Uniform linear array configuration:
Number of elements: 24
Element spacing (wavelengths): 0.5
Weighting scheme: kaiser
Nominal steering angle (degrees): -15
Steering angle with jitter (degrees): -15.149
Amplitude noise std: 0.05
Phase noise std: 0.05

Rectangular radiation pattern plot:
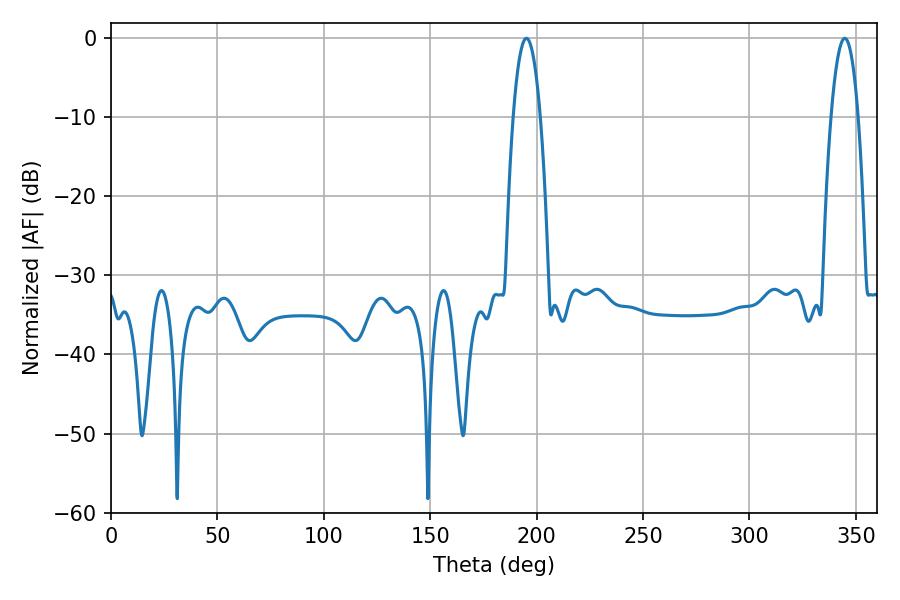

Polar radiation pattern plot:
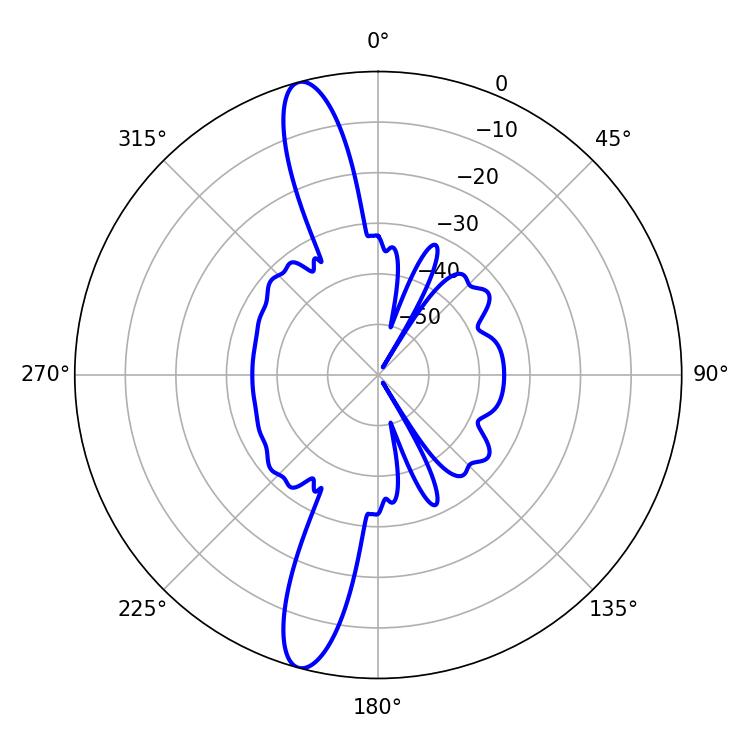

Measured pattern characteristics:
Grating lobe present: FALSE
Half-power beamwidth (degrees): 7.02
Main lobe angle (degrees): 195.12